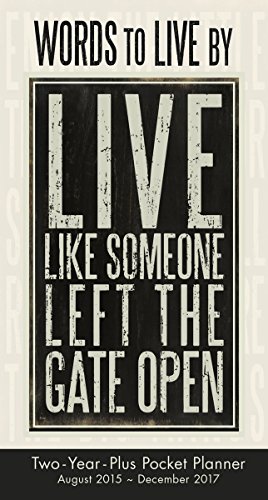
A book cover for Words to Live By 2016 Checkbook/2 year pocket planner Calendar; Kathy/Primitives by Kathy Phillips; Calendars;